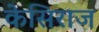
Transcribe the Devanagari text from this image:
केसिराज